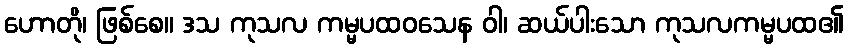
ဟောတို၊ ဖြစ်စေ။ ဒသ ကုသလ ကမ္မပထဝသေန ဝါ၊ ဆယ်ပါးသော ကုသလကမ္မပထ၏